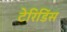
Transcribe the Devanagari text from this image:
टेरिडिंस